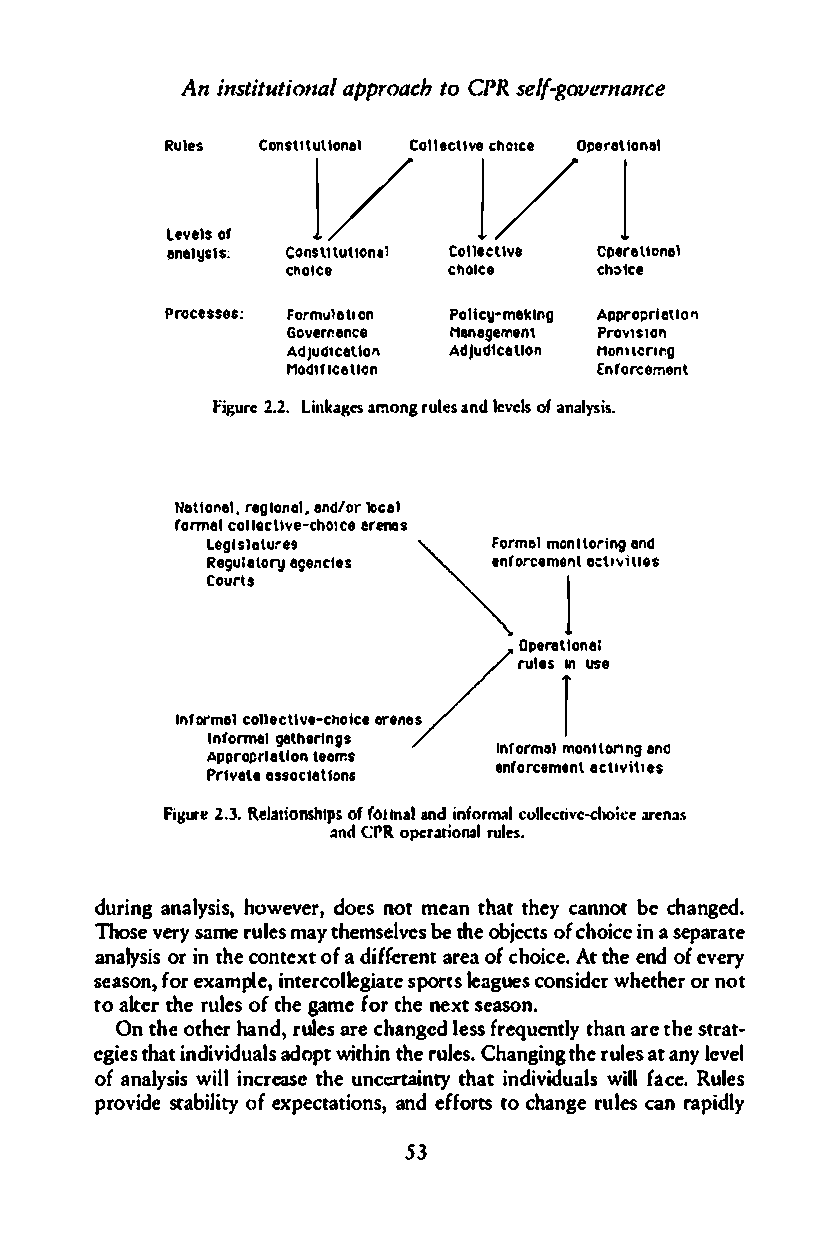
Ani sntituatpipOrlot,aoaCc PlhR s legf-overnance
 Rules Conslt1utllnoel /lCeoclllev ch oiceO perlaoinal
 LevelOsf             1     /1
 enyesl:l s Conslttutlon,1 Coll.Cl!ve opereolnlel
 cnolc8     choice   ch:>tce
 :
 Processes Formuelllon Poilyc-meklngAp propertllOIl
 Govenrance Menagern.nt Prlloision
 Adluillcelloll AdJuldcetlon Monnorlr.g
 MolllflCetiOn       Enrocrement
 Figu2r.e2 L.i nakgeasm ong rulleesv oeafla nsnd a lysis.
 Nation.er legoina,e lndrll ooc:el'"
 :
 formelc oll.lclvceh-oclee renDS ��
 Legsllteures        melm onitoringe nC!
 Regluteorye genlces
 �"""",mU".      T
 Courst
 OpeerUonel
 rulesI nu se
 /         r
 Infrome!c ollecet-icvhotecrein es
 Inofrme.g ethlrlngs
 Apporprlellleoemns Infromelm ontiOrnige no
 Prvtetals soclnesl lo
 enfocremlnetc vt1IiIS,
 Pillu2t.e3R .el atioonfsf ohtnitapalsn di nforcmualll ecrivaer-cchnoaic5t"
 andC PRo perariorunlarsl.
 durgi annlayshioswe.v edro.c nso tme ant hatth ecya nnboetc hagne.d
 Thosvee rsya mreul emsa yt hmesevlebes thoeb jeocfct sho iciena s eparate
 analysiints h ceoo rn teoxfatd ieffrneta erao fc hoiActet .h een do fe very
 seasfooner,x apmlei.nt elrecgoilsaptoerl tesa gcuoens siwdheerth oernr o t
 toa lttehrre uloefst hgea mfe otrh nee xste ans.o
 Ont hoet hhearn dr,ul aersce h agnedl efssr equetnhtaalnry e stthrea t­
 egitehsai tnd iviadduoapwltis t rtuhnre u lCehsa.n gtihnregul sea ta nly evel
 ofa nyasliwsill i cneraset heu ncc:rta intyt haitn diidvuawlislf la cReu.l es
 provdies ralbiioty fe xpeacttioannsde, f fotroct hsa nrgue lceans r apidly
 53